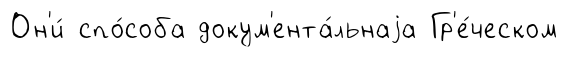
Он'и́ спо́соба докум'ента́льнаjа Гр'е́ческом